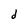
Character: d